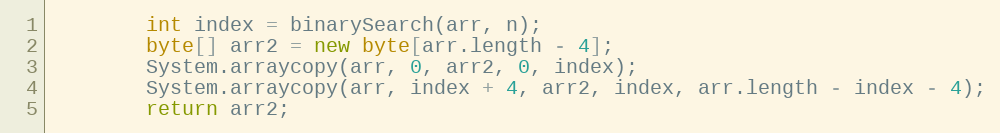
Language: Java
        int index = binarySearch(arr, n);
        byte[] arr2 = new byte[arr.length - 4];
        System.arraycopy(arr, 0, arr2, 0, index);
        System.arraycopy(arr, index + 4, arr2, index, arr.length - index - 4);
        return arr2;